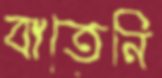
বাতেনি